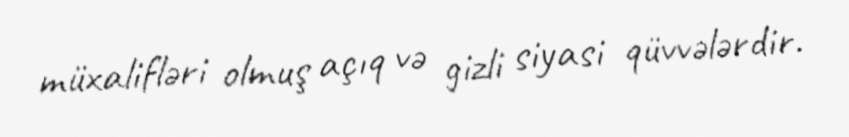
müxalifləri olmuş açıq və gizli siyasi qüvvələrdir.